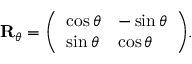
\mathbf { R } _ { \theta } = { \left( \begin{array} { l l } { \cos \theta } & { - \sin \theta } \\ { \sin \theta } & { \cos \theta } \end{array} \right) } .